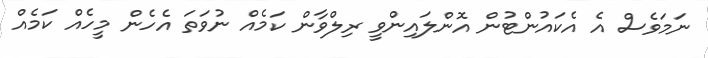
ނަމަވެސް އެ އެކައުންޓުން އޮންލައިންވީ ރިލްވާން ކަމެއް ނުވަތަ އެހެން މީހެއް ކަމެއް